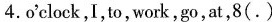
4.o'clock,I,to, work,go,at,8(.)